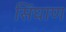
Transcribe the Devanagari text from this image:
सिंघाण